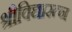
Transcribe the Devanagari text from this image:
श्रीविद्यारत्न